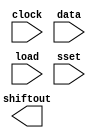
// megafunction wizard: %LPM_SHIFTREG%VBB%
// GENERATION: STANDARD
// VERSION: WM1.0
// MODULE: LPM_SHIFTREG 

// ============================================================
// Megafunction Name(s):
// 			LPM_SHIFTREG
//
// Simulation Library Files(s):
// 			lpm
// ============================================================
// ************************************************************
// THIS IS A WIZARD-GENERATED FILE. DO NOT EDIT THIS FILE!
//
// 21.1.0 Build 842 10/21/2021 SJ Lite Edition
// ************************************************************

//Copyright (C) 2021  Intel Corporation. All rights reserved.
//Your use of Intel Corporation's design tools, logic functions 
//and other software and tools, and any partner logic 
//functions, and any output files from any of the foregoing 
//(including device programming or simulation files), and any 
//associated documentation or information are expressly subject 
//to the terms and conditions of the Intel Program License 
//Subscription Agreement, the Intel Quartus Prime License Agreement,
//the Intel FPGA IP License Agreement, or other applicable license
//agreement, including, without limitation, that your use is for
//the sole purpose of programming logic devices manufactured by
//Intel and sold by Intel or its authorized distributors.  Please
//refer to the applicable agreement for further details, at
//https://fpgasoftware.intel.com/eula.

module LedShift (
	clock,
	data,
	load,
	sset,
	shiftout);

	input	  clock;
	input	[47:0]  data;
	input	  load;
	input	  sset;
	output	  shiftout;

endmodule

// ============================================================
// CNX file retrieval info
// ============================================================
// Retrieval info: PRIVATE: ACLR NUMERIC "0"
// Retrieval info: PRIVATE: ALOAD NUMERIC "0"
// Retrieval info: PRIVATE: ASET NUMERIC "0"
// Retrieval info: PRIVATE: ASET_ALL1 NUMERIC "1"
// Retrieval info: PRIVATE: CLK_EN NUMERIC "0"
// Retrieval info: PRIVATE: INTENDED_DEVICE_FAMILY STRING "Cyclone IV E"
// Retrieval info: PRIVATE: LeftShift NUMERIC "0"
// Retrieval info: PRIVATE: ParallelDataInput NUMERIC "1"
// Retrieval info: PRIVATE: Q_OUT NUMERIC "0"
// Retrieval info: PRIVATE: SCLR NUMERIC "0"
// Retrieval info: PRIVATE: SLOAD NUMERIC "1"
// Retrieval info: PRIVATE: SSET NUMERIC "1"
// Retrieval info: PRIVATE: SSET_ALL1 NUMERIC "1"
// Retrieval info: PRIVATE: SYNTH_WRAPPER_GEN_POSTFIX STRING "0"
// Retrieval info: PRIVATE: SerialShiftInput NUMERIC "0"
// Retrieval info: PRIVATE: SerialShiftOutput NUMERIC "1"
// Retrieval info: PRIVATE: nBit NUMERIC "48"
// Retrieval info: PRIVATE: new_diagram STRING "1"
// Retrieval info: LIBRARY: lpm lpm.lpm_components.all
// Retrieval info: CONSTANT: LPM_DIRECTION STRING "RIGHT"
// Retrieval info: CONSTANT: LPM_TYPE STRING "LPM_SHIFTREG"
// Retrieval info: CONSTANT: LPM_WIDTH NUMERIC "48"
// Retrieval info: USED_PORT: clock 0 0 0 0 INPUT NODEFVAL "clock"
// Retrieval info: USED_PORT: data 0 0 48 0 INPUT NODEFVAL "data[47..0]"
// Retrieval info: USED_PORT: load 0 0 0 0 INPUT NODEFVAL "load"
// Retrieval info: USED_PORT: shiftout 0 0 0 0 OUTPUT NODEFVAL "shiftout"
// Retrieval info: USED_PORT: sset 0 0 0 0 INPUT NODEFVAL "sset"
// Retrieval info: CONNECT: @clock 0 0 0 0 clock 0 0 0 0
// Retrieval info: CONNECT: @data 0 0 48 0 data 0 0 48 0
// Retrieval info: CONNECT: @load 0 0 0 0 load 0 0 0 0
// Retrieval info: CONNECT: @sset 0 0 0 0 sset 0 0 0 0
// Retrieval info: CONNECT: shiftout 0 0 0 0 @shiftout 0 0 0 0
// Retrieval info: GEN_FILE: TYPE_NORMAL LedShift.v TRUE
// Retrieval info: GEN_FILE: TYPE_NORMAL LedShift.inc FALSE
// Retrieval info: GEN_FILE: TYPE_NORMAL LedShift.cmp FALSE
// Retrieval info: GEN_FILE: TYPE_NORMAL LedShift.bsf FALSE
// Retrieval info: GEN_FILE: TYPE_NORMAL LedShift_inst.v FALSE
// Retrieval info: GEN_FILE: TYPE_NORMAL LedShift_bb.v TRUE
// Retrieval info: LIB_FILE: lpm